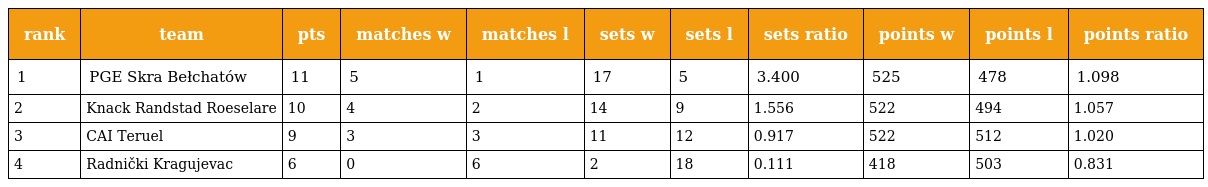
| rank | team | pts | matches w | matches l | sets w | sets l | sets ratio | points w | points l | points ratio |
 | --- | --- | --- | --- | --- | --- | --- | --- | --- | --- | --- |
 | 1 | PGE Skra Bełchatów | 11 | 5 | 1 | 17 | 5 | 3.400 | 525 | 478 | 1.098 |
 | 2 | Knack Randstad Roeselare | 10 | 4 | 2 | 14 | 9 | 1.556 | 522 | 494 | 1.057 |
 | 3 | CAI Teruel | 9 | 3 | 3 | 11 | 12 | 0.917 | 522 | 512 | 1.020 |
 | 4 | Radnički Kragujevac | 6 | 0 | 6 | 2 | 18 | 0.111 | 418 | 503 | 0.831 |